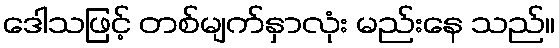
ဒေါသဖြင့် တစ်မျက်နှာလုံး မည်းနေ သည်။